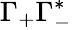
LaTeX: \Gamma_{+}\Gamma_{-}^{*}